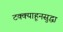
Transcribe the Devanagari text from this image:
टक्क्याहूनसुद्धा